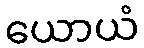
ယောယံ